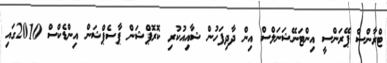
ޓްރާންސް ޕޭރަންސީ އިންޓަނޭޝަނަލްސް އިން ދާދިފަހުން ޝާއިއުކުރި ކޮރޮޕްޝަން ޕާސެޕްޝަން އިންޑެކްސް 2010ގައި